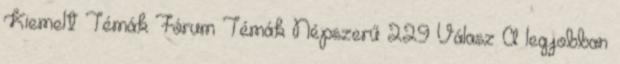
Kiemelt Témák Fórum Témák Népszerű 229 Válasz A legjobban